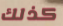
كذلك